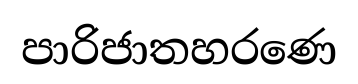
පාරිජාතහරණෙ